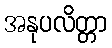
အနုပလိတ္တာ